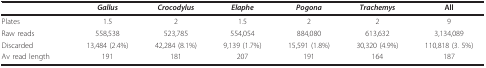
<table><thead><tr><td></td><td><b><i>Gallus</i></b></td><td><b><i>Crocodylus </i></b></td><td><b><i>Elaphe</i></b></td><td><b><i>Pogona</i></b></td><td><b><i>Trachemys</i></b></td><td><b>All</b></td></tr></thead><tbody><tr><td>Plates</td><td>1.5</td><td>2</td><td>1.5</td><td>2</td><td>2</td><td>9</td></tr><tr><td>Raw reads</td><td>558,538</td><td>523,785</td><td>554,054</td><td>884,080</td><td>613,632</td><td>3,134,089</td></tr><tr><td>Discarded</td><td>13,484 (2.4%)</td><td>42,284 (8.1%)</td><td>9,139 (1.7%)</td><td>15,591 (1.8%)</td><td>30,320 (4.9%)</td><td>110,818 (3. 5%)</td></tr><tr><td>Av read length</td><td>191</td><td>181</td><td>207</td><td>191</td><td>164</td><td>187</td></tr></tbody></table>